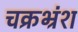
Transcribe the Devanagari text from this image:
चक्रभ्रंश